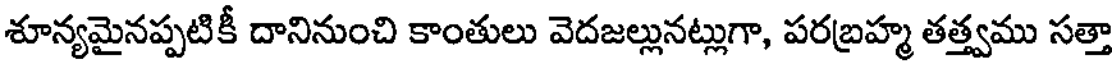
శూన్యమైనప్పటికీ దానినుంచి కాంతులు వెదజల్లునట్లుగా, పరబ్రహ్మ తత్త్వము సత్తా